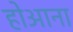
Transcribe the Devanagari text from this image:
होआना